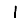
Digit: 1